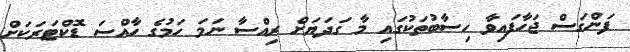
ފަންގަސް ޖަހާފައިވާ ހިސާބުތަކުގައި މާ ގަދަޔަށް ރިއްސާ ނަމަ ހަމުގެ ހާއްސަ ޑޮކްޓަރަކަށް